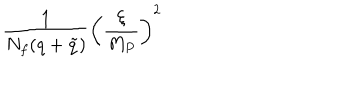
LaTeX: { \frac { 1 } { N _ { f } ( q + \tilde { q } ) } } \left( { \frac { \xi } { M _ { P } } } \right) ^ { 2 }